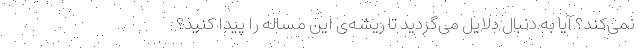
نمی‌کند؟ آیا به دنبال دلایل می‌گردید تا ریشه‌ی این مساله را پیدا کنید؟